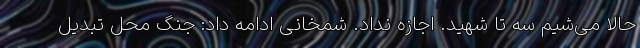
حالا می‌شیم سه تا شهید. اجازه نداد. شمخانی ادامه داد: جنگ محل تبدیل